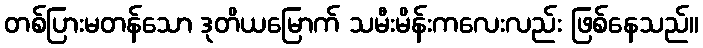
တစ်ပြားမတန်သော ဒုတိယမြောက် သမီးမိန်းကလေးလည်း ဖြစ်နေသည်။